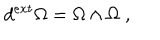
d ^ { e x t } \Omega = \Omega \wedge \Omega \; ,